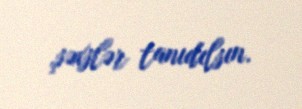
şəxslər tanıdılsın.